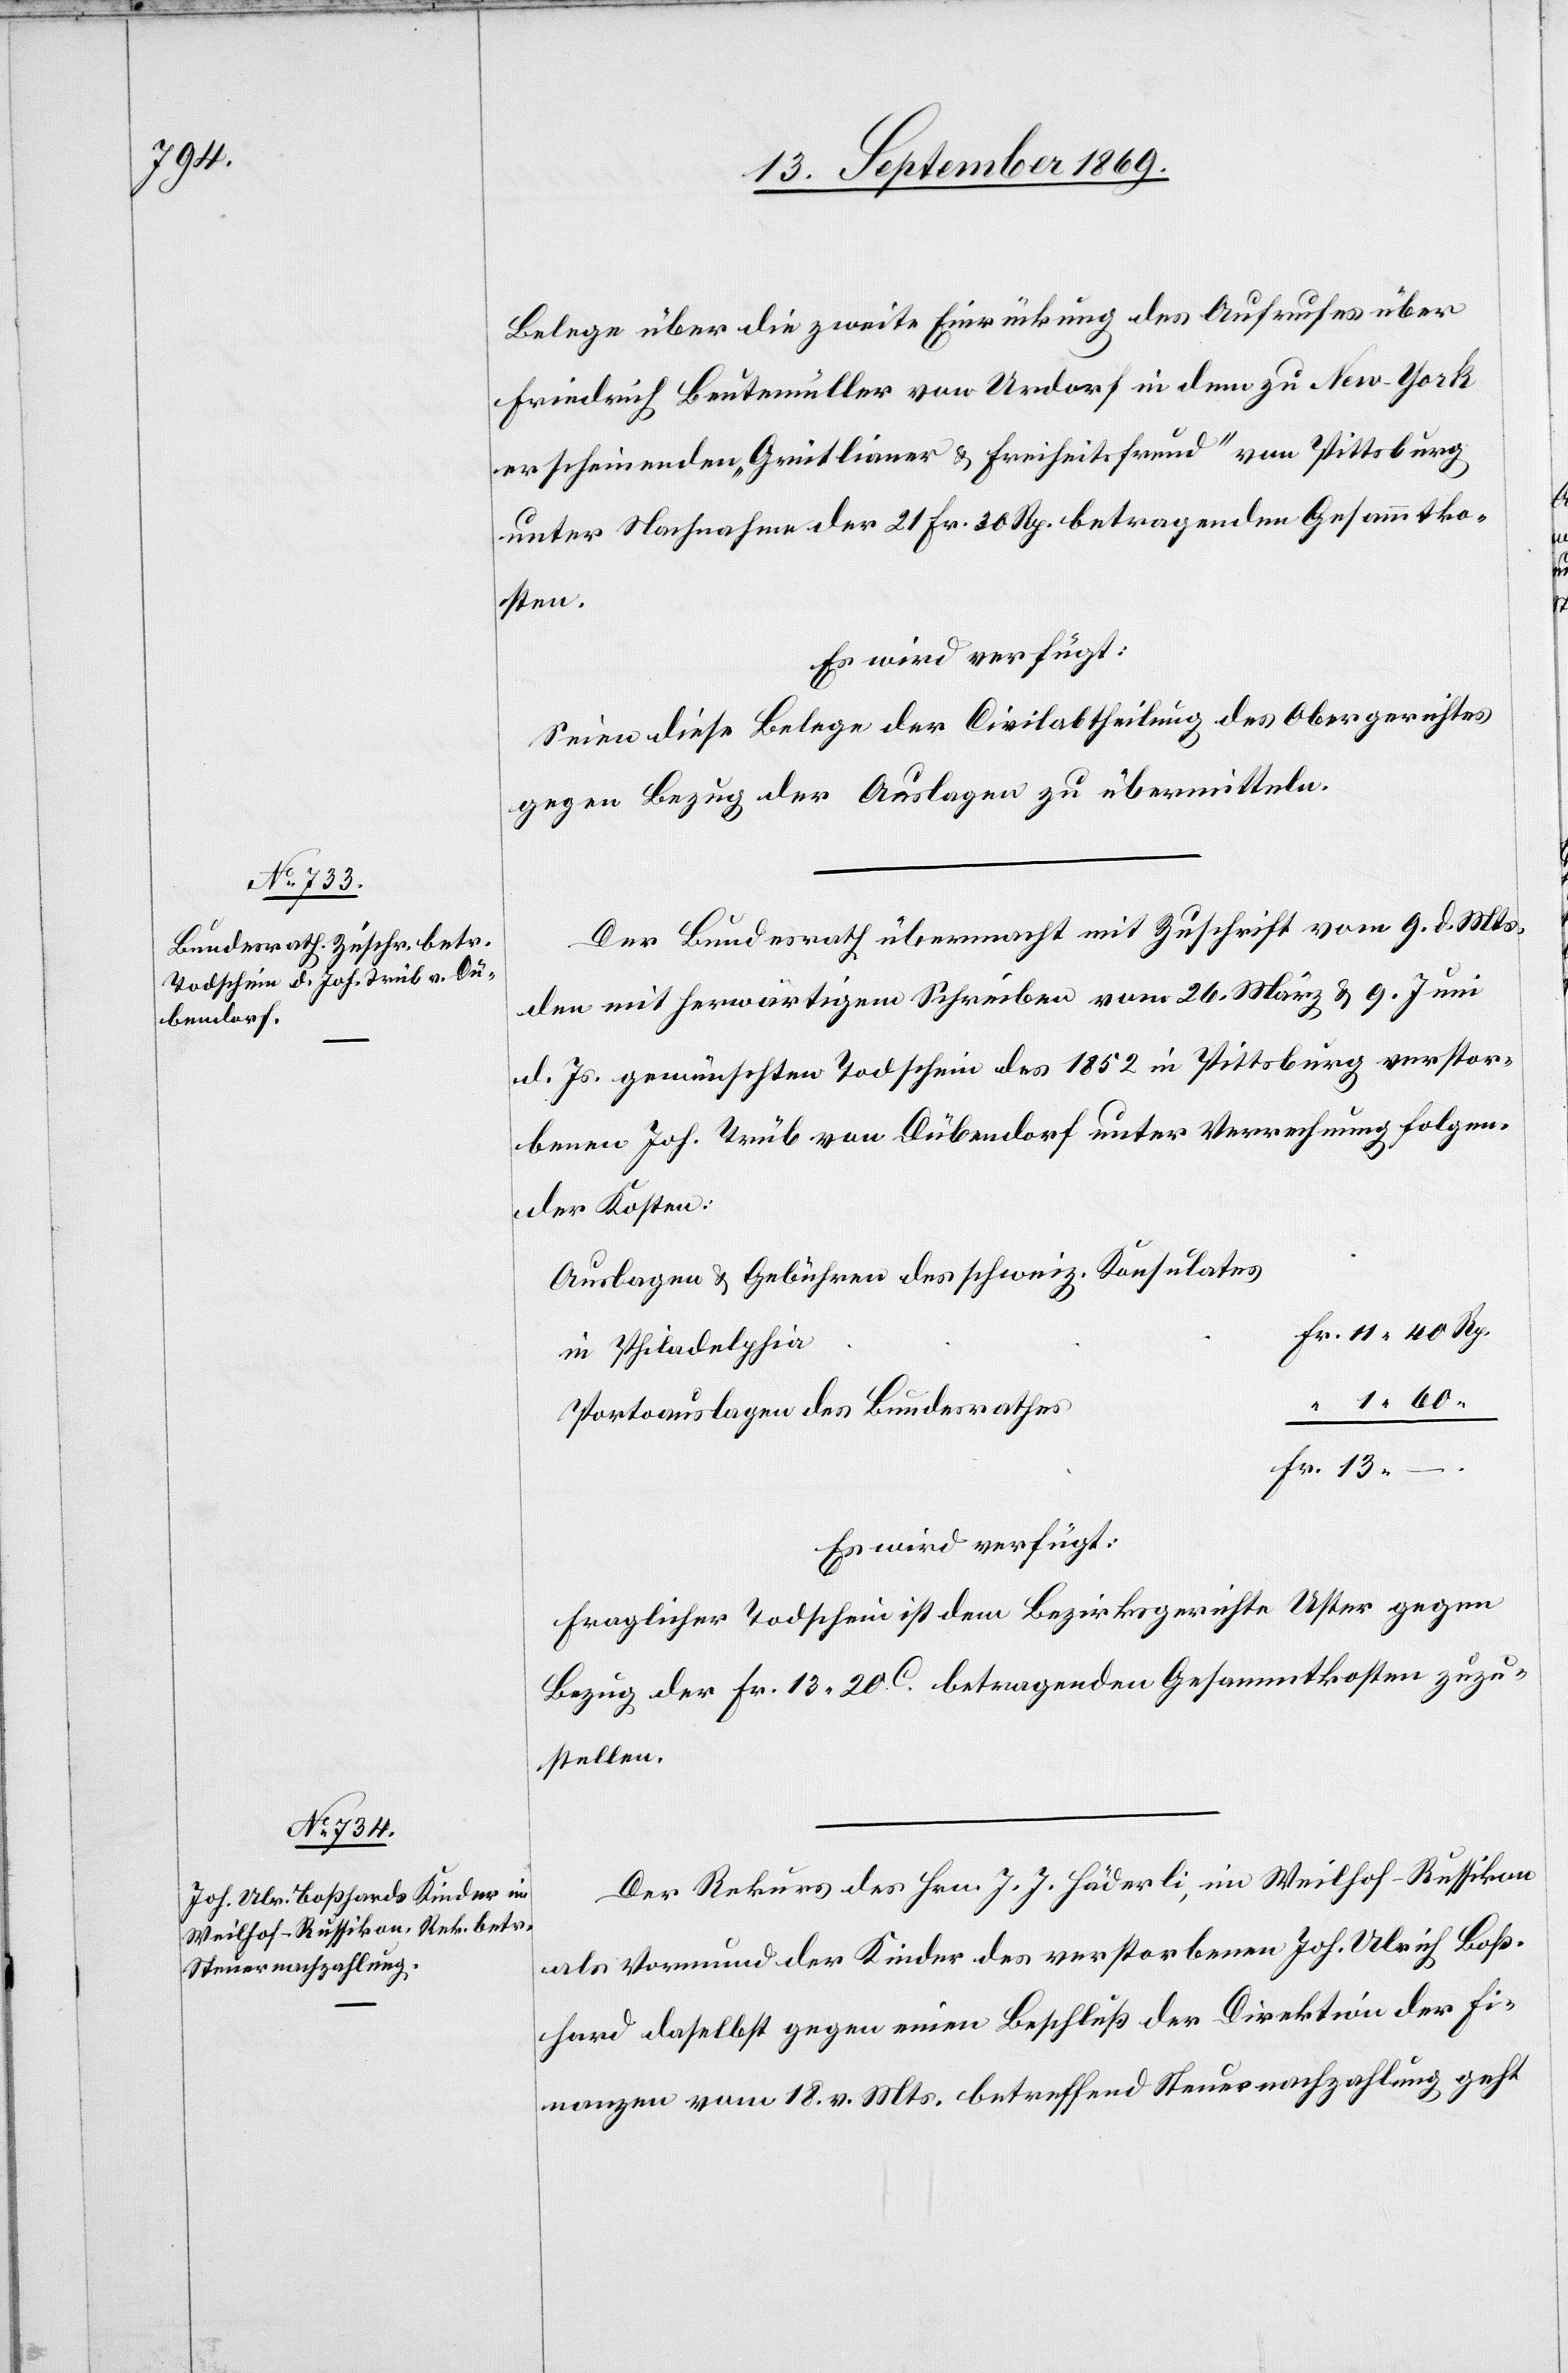
13. September 1869.]
Belege über die zweite Einrückung des Aufrufes über
Friedrich Beutemüller von Urdorf in dem zu New-York
erscheinenden „Grütlianer & Freiheitsfreund“ von Pittsburg
unter Nachnahme der 21 Fr. 30 Rp. betragenden Gesammtko¬
sten.
Es wird verfügt:
Seien diese Belege der Civilabtheilung des Obergerichtes
gegen Bezug der Auslagen zu übermitteln.
Der Bundesrath übermacht mit Zuschrift vom 9. d. Mts.
den mit herwärtigem Schreiben vom 26. März & 9. Juni
d. Js. gewünschten Todschein des 1852 in Pittsburg verstor¬
benen Joh. Trüb von Dübendorf unter Verrechnung folgen¬
der Kosten:
Auslagen & Gebühren des schweiz. Konsulates
in Philadelphia
Portoauslagen des Bundesrathes
–.
Es wird verfügt:
Fraglicher Todschein ist dem Bezirksgerichte Uster gegen
Bezug der Fr. 13 20c betragenden Gesammtkosten zuzu¬
stellen.
Der Rekurs des Hrn. J. J. Häderli, im Weilhof - Russikon
als Vormund der Kinder des verstorbenen Joh. Ulrich Boß¬
hard daselbst gegen einen Beschluß der Direktion der Fi¬
nanzen vom 18. v. Mts. betreffend Steuernachzahlung geht